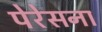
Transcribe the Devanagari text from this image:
पेरेसना